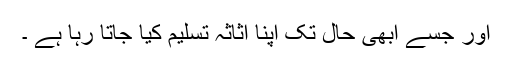
اور جسے ابھی حال تک اپنا اثاثہ تسلیم کیا جاتا رہا ہے ۔